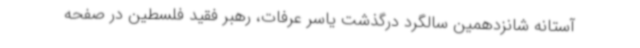
آستانه شانزدهمین سالگرد درگذشت یاسر عرفات، رهبر فقید فلسطین در صفحه